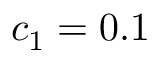
c _ { 1 } = 0 . 1